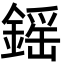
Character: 鎐